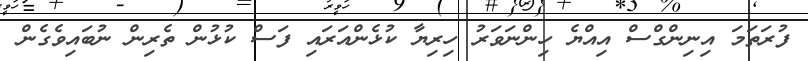
ފުރަތަމަ އިނިންގްސް އިއްޔެ ހިންނަވަރު ހިރިޔާ ކުޅެންއަރައި ފަސް ކުޅުން ތެރިން ނުބައިވެގެން